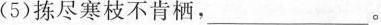
( 5 ) 拣尽寒枝不肯栖，___。